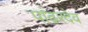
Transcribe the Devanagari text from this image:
पांढरदेव